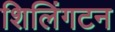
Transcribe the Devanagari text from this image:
शिलिंगटन